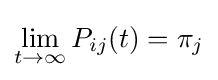
\lim _{t\rightarrow \infty }P_{ij}(t)=\pi _{j}